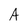
Character: A